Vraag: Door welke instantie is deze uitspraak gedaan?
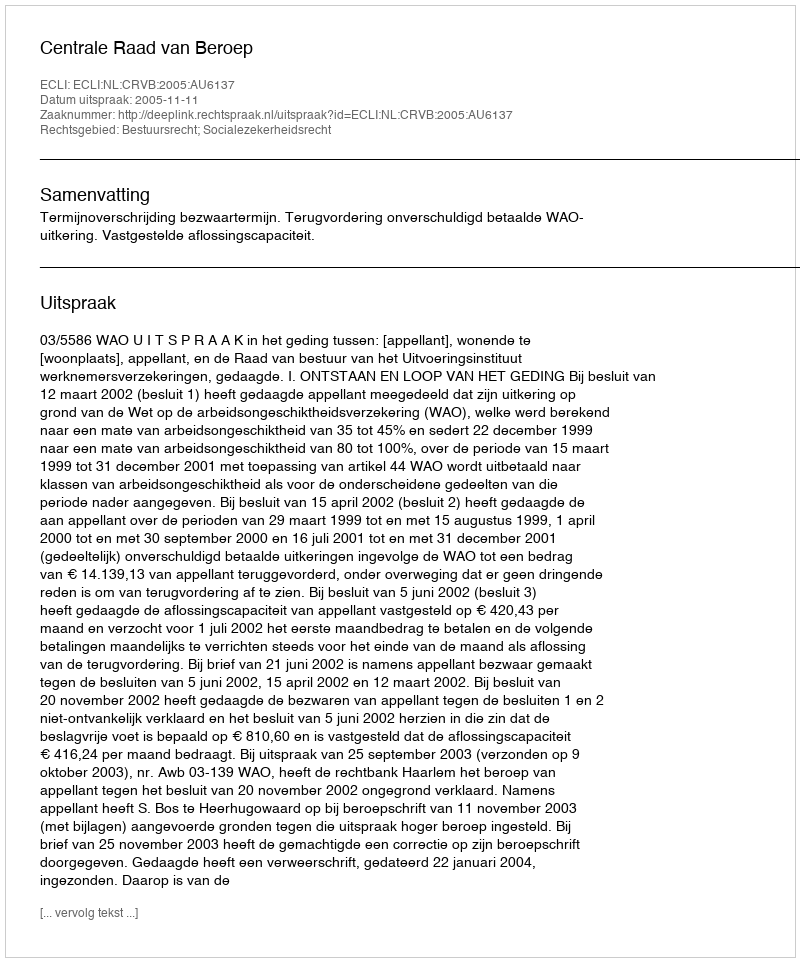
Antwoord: Centrale Raad van Beroep